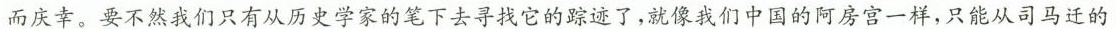
而庆幸。要不然我们只有从历史学家的笔下去寻找它的踪迹了，就像我们中国的阿房宫一样，只能从司马迁的